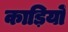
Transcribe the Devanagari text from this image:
काड़ियों